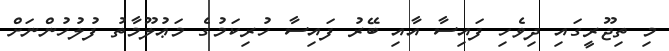
މި ތިޖޫރީގައި ދިވެހި ފައިސާ އާއި ބޭރު ފައިސާ ހުރިކަމުގެ މަޢުލޫމާތު ފުލުހުންނަށް